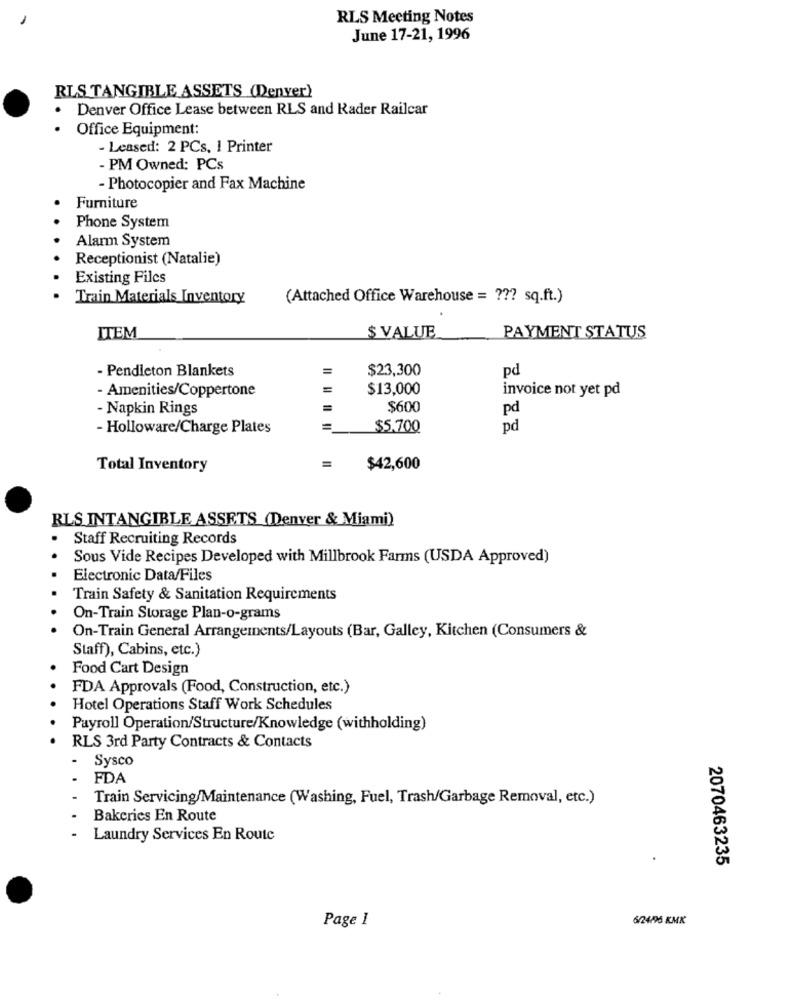
RLS Meeting Notes
June 17-21, 1996
RLS TANGIBLE ASSETS (Denver)
Denver Office Lease between RLS and Rader Railcar
Office Equipment:
- Leased: 2 PCs, 1 Printer
- PM Owned: PCs
- Photocopier and Fax Machine
Furniture
Phone System
Alarm System
Receptionist (Natalie)
Existing Files
Train Materials Inventory
(Attached Office Warehouse = ??? sq.ft.)
$ VALUE
ITEM
PAYMENT STATUS
- Pendleton Blankets
$23,300
pd
- Amenities/Coppertone
=
$13,000
invoice not yet pd
- Napkin Rings
=
$600
pd
- Holloware/Charge Plates
$5.700
pd
Total Inventory
$42,600
RLS INTANGIBLE ASSETS (Denver & Miami)
Staff Recruiting Records
Sous Vide Recipes Developed with Millbrook Farms (USDA Approved)
Electronic Data/Files
Train Safety & Sanitation Requirements
On-Train Storage Plan-o-grams
On-Train General Arrangements/Layouts (Bar, Galley, Kitchen (Consumers &
Staff), Cabins, etc.)
Food Cart Design
FDA Approvals (Food, Construction, etc.)
Hotel Operations Staff Work Schedules
Payroll Operation/Structure/Knowledge (withholding)
RLS 3rd Party Contracts & Contacts
.
Sysco
FDA
Train Servicing/Maintenance (Washing, Fuel, Trash/Garbage Removal, etc.)
Bakeries En Route
Laundry Services En Route
2070463235
Page 1
6/24/96 KMK